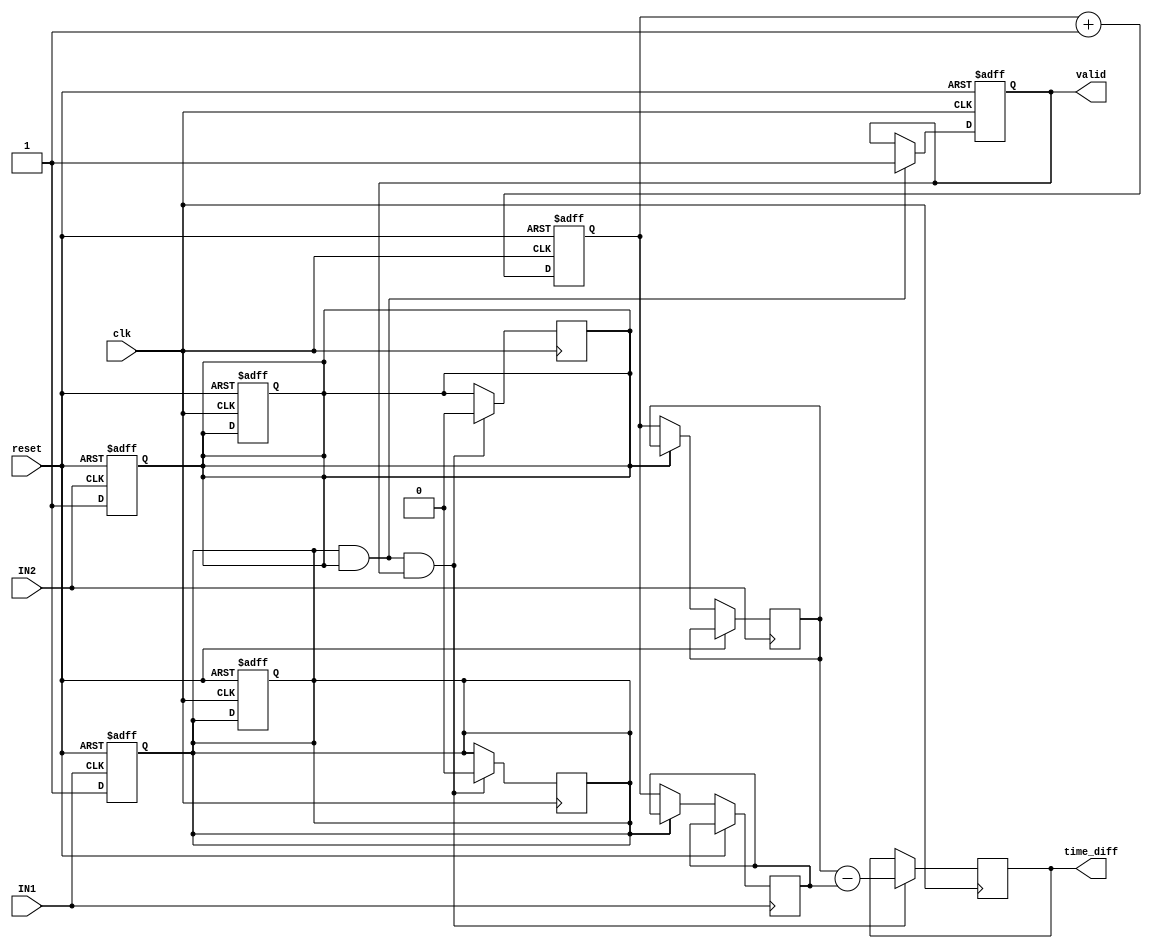
module TDC (
    input wire clk,               // High-resolution clock
    input wire reset,             // Reset signal
    input wire IN1,               // Input signal 1
    input wire IN2,               // Input signal 2
    output reg [31:0] time_diff,  // Output: time difference in clock cycles
    output reg valid              // Output: valid measurement flag
);

    reg [31:0] counter;           // Counter for time measurement
    reg [31:0] timestamp1;        // Timestamp for the first input edge
    reg [31:0] timestamp2;        // Timestamp for the second input edge
    reg edge1_detected;           // Flag for edge detection on IN1
    reg edge2_detected;           // Flag for edge detection on IN2

    // Counter process
    always @(posedge clk or posedge reset) begin
        if (reset) begin
            counter <= 32'b0;
            edge1_detected <= 1'b0;
            edge2_detected <= 1'b0;
            valid <= 1'b0;
        end else begin
            counter <= counter + 1;
            if (edge1_detected && edge2_detected) begin
                valid <= 1'b1; // Measurement is valid after both edges are detected
            end
        end
    end

    // Edge detection for IN1
    always @(posedge IN1 or posedge reset) begin
        if (reset) begin
            edge1_detected <= 1'b0;
        end else if (!edge1_detected) begin
            timestamp1 <= counter; // Capture timestamp for the first edge
            edge1_detected <= 1'b1; // Set edge1 detected flag
        end
    end

    // Edge detection for IN2
    always @(posedge IN2 or posedge reset) begin
        if (reset) begin
            edge2_detected <= 1'b0;
        end else if (!edge2_detected) begin
            timestamp2 <= counter; // Capture timestamp for the second edge
            edge2_detected <= 1'b1; // Set edge2 detected flag
        end
    end

    // Time difference calculation
    always @(posedge clk) begin
        if (edge1_detected && edge2_detected && valid) begin
            time_diff <= timestamp2 - timestamp1; // Calculate time difference
            // Reset flags for next measurement
            edge1_detected <= 1'b0;
            edge2_detected <= 1'b0;
        end
    end

endmodule